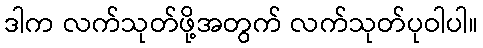
ဒါက လက်သုတ်ဖို့အတွက် လက်သုတ်ပုဝါပါ။